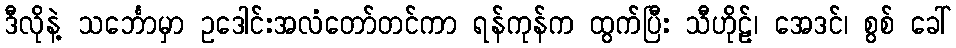
ဒီလိုနဲ့ သင်္ဘောမှာ ဥဒေါင်းအလံတော်တင်ကာ ရန်ကုန်က ထွက်ပြီး သီဟိုဠ်၊ အေဒင်၊ စွစ် ခေါ်